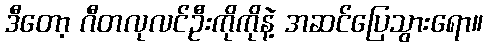
ဒီတော့ ဂီတလုလင်ဦးကိုကိုနဲ့ အဆင်ပြေသွားရော။